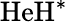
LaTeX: \mathrm{HeH^{*}}